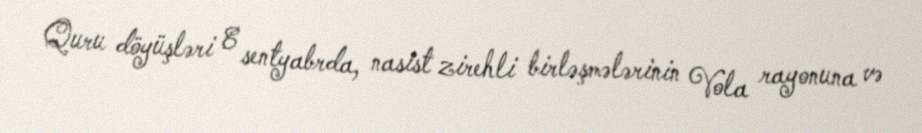
Quru döyüşləri 8 sentyabrda, nasist zirehli birləşmələrinin Vola rayonuna və